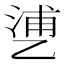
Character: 𬼱